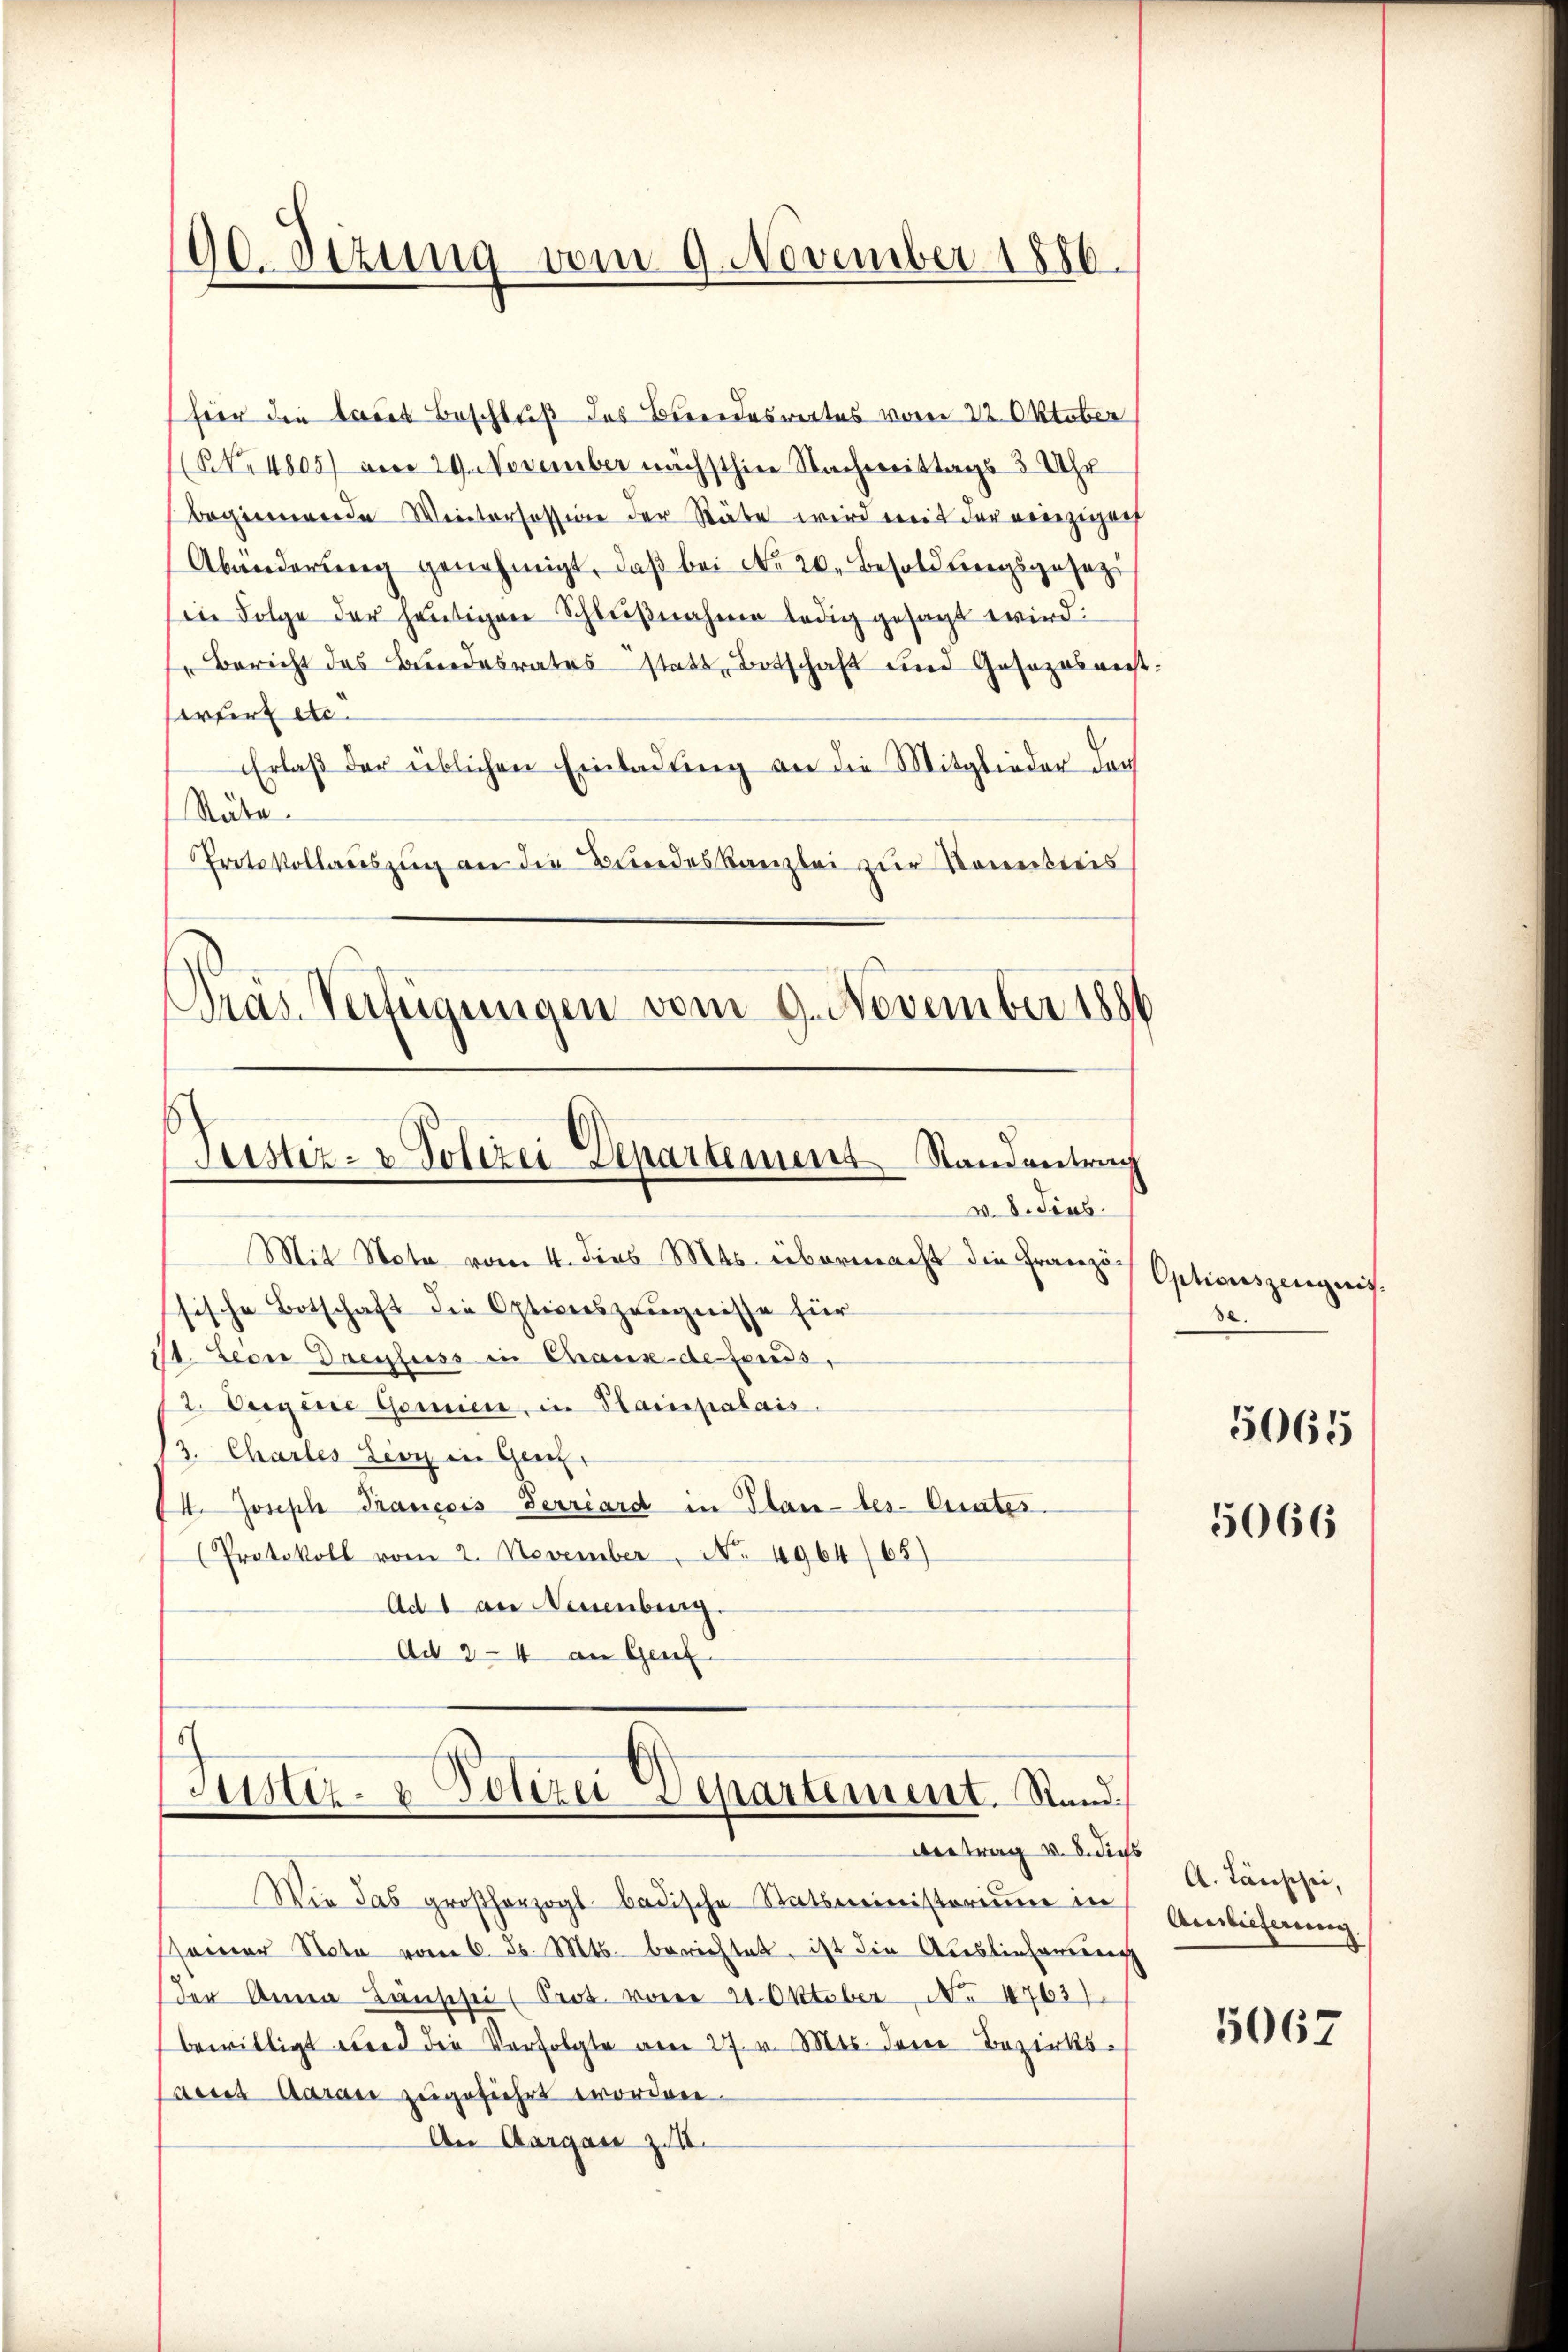
00. Sizung vom 9. November 1886.

fier die laut Beschluß des Bundeswertes vom 22. Oktober
(NNo. 4805) am 29. November nächsthin Nachmittags 3 Uhr
beginnende Weitersession der Stäte wird mit der einzigen
Abänderung genehmigt, daß bei No 20. Besold Biegsgesezt
in Folge der heutigen Schlußnahme ledig gesagt wird:
" Bericht des Bundesrates statt, Botschaft und Gesezesent.
rfir etc.
Erlaβ der üblichen Einladung an die Mitglieder doch
Stute
Protokollauszug an die Bundeskanzlei zur Kommitteis
Pras Verfügungen vom 9. November 1886

Justiz- & Polizei Departement Standentrag
v. 8. Jens.

Mit Nota vom 4. Jens 45. übermacht die Französische Botschaft die Optionszeugnisse für
11. Leon Dreyfuss in Chaux-de fonds,
12. Aegere Gorien, in Hainpalais.
13. Charles Lioy in Gener
4. Joseph Francois Terriard in Plantes- Curates.
Protokoll vom 2. November No. 4964/65)
Ad 1 an Neuenburg.
Ad 2-4 an Genz

Justiz- & Polizei-Aepartement. Stand.
bertrag v. 8. dies

Wie das großherzogl. badische Statsministerium in
sseiner Note vom 6. d. Mts. berichtet, ist die Auslieferung
der Anna Bernschei Prot. vom 21. Oktober No 1763)
bewilligt wird die Verfolgte vom 27. v. Mts. dene Bezirksains Aaraus zugeführt worden.
An Aargau zu.

Optionszeugnis.
82.

5065

5066

A. Täuschei
Auslieferung

5067